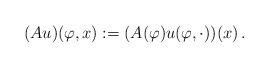
LaTeX: \begin{align*}( A u) (\varphi , x) := (A(\varphi) u(\varphi, \cdot ))(x) \, . \end{align*}